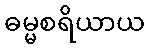
ဓမ္မစရိယာယ